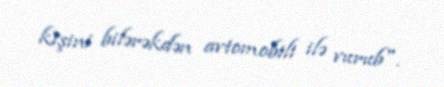
kişini bilərəkdən avtomobili ilə vurub".